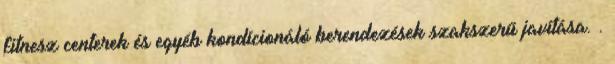
fitnesz centerek és egyéb kondícionáló berendezések szakszerű javítása. .